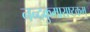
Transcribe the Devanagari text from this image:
नन्दकुमाराष्टकम्